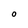
Character: O